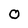
Character: O